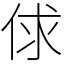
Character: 俅